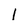
Character: 1